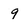
Character: 9